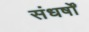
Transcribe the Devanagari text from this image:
संधर्षों